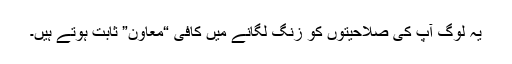
یہ لوگ آپ کی صلاحیتوں کو زنگ لگانے میں کافی “معاون” ثابت ہوتے ہیں۔